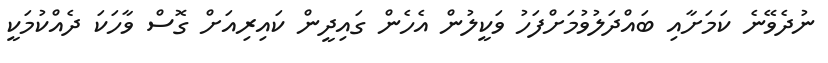
ނުދެވޭނެ ކަމަށާއި ބައްދަލުވުމަށްފަހު ވަކީލުން އެހެން ގައިދީން ކައިރިއަށް ގޮސް ވާހަކަ ދެއްކުމަކީ